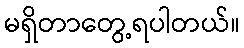
မရှိတာတွေ့ရပါတယ်။